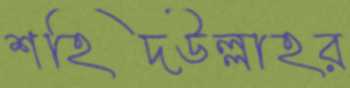
শহিদউল্লাহর